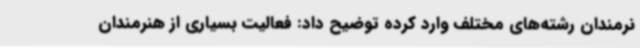
نرمندان رشته‌های مختلف وارد کرده توضیح داد: فعالیت بسیاری از هنرمندان